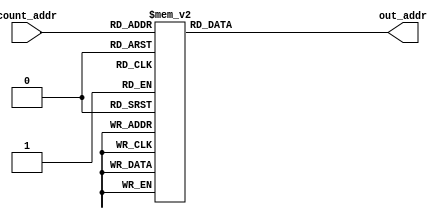
module sram_addr_90(
input [8:0] count_addr,
output reg [10:0] out_addr
);

always@* begin
	case(count_addr) // synopsys parallel_case
		  0: out_addr = 24; //0 OK
		  1: out_addr = 88;
		  2: out_addr = 23;
		  3: out_addr = 87;
		  4: out_addr = 22;
		  5: out_addr = 86;
		  6: out_addr = 21;
		  7: out_addr = 85;
		  8: out_addr = 20; //1 OK
		  9: out_addr = 84;
		 10: out_addr = 19;
		 11: out_addr = 83;
		 12: out_addr = 18;
		 13: out_addr = 82;
		 14: out_addr = 17;
		 15: out_addr = 81;
		 16: out_addr = 16; //2 OK
		 17: out_addr = 80;
		 18: out_addr = 15;
		 19: out_addr = 79;
		 20: out_addr = 14;
		 21: out_addr = 78;
		 22: out_addr = 13;
		 23: out_addr = 77;
		 24: out_addr = 12; //3 OK
		 25: out_addr = 76;
		 26: out_addr = 11;
		 27: out_addr = 75;
		 28: out_addr = 10;
		 29: out_addr = 74;
		 30: out_addr = 9;
		 31: out_addr = 73;
		 32: out_addr = 137; //4 OK
		 33: out_addr = 201;
		 34: out_addr = 138;
		 35: out_addr = 202;
		 36: out_addr = 139;
		 37: out_addr = 203;
		 38: out_addr = 140;
		 39: out_addr = 204;
		 40: out_addr = 141; //5 OK
		 41: out_addr = 205;
		 42: out_addr = 142;
		 43: out_addr = 206;
		 44: out_addr = 143;
		 45: out_addr = 207;
		 46: out_addr = 144;
		 47: out_addr = 208;
		 48: out_addr = 145; //6 OK
		 49: out_addr = 209;
		 50: out_addr = 146;
		 51: out_addr = 210;
		 52: out_addr = 147;
		 53: out_addr = 211;
		 54: out_addr = 148;
		 55: out_addr = 212;
		 56: out_addr = 149; //7 OK
		 57: out_addr = 213;
		 58: out_addr = 150;
		 59: out_addr = 214;
		 60: out_addr = 151;
		 61: out_addr = 215;
		 62: out_addr = 152;
		 63: out_addr = 216;
		 64: out_addr = 280; //8 OK
		 65: out_addr = 344;
		 66: out_addr = 279;
		 67: out_addr = 343;
		 68: out_addr = 278;
		 69: out_addr = 342;
		 70: out_addr = 277;
		 71: out_addr = 341;
		 72: out_addr = 271; //9 OK
		 73: out_addr = 335;
		 74: out_addr = 270;
		 75: out_addr = 334;
		 76: out_addr = 269;
		 77: out_addr = 333;
		 78: out_addr = 268;
		 79: out_addr = 332;
		 80: out_addr = 267; //10 OK
		 81: out_addr = 331;
		 82: out_addr = 266;
		 83: out_addr = 330;
		 84: out_addr = 265;
		 85: out_addr = 329;
		 86: out_addr = 393;
		 87: out_addr = 457;
		 88: out_addr = 394; //11 OK
		 89: out_addr = 458;
		 90: out_addr = 395;
		 91: out_addr = 459;
		 92: out_addr = 396;
		 93: out_addr = 460;
		 94: out_addr = 397;
		 95: out_addr = 461;
		 96: out_addr = 398; //12 OK
		 97: out_addr = 462;
		 98: out_addr = 399;
		 99: out_addr = 463;
		100: out_addr = 405;
		101: out_addr = 469;
		102: out_addr = 406;
		103: out_addr = 470;
		104: out_addr = 407; //13 OK
		105: out_addr = 471;
		106: out_addr = 408;
		107: out_addr = 472;
		108: out_addr = 536;	
		109: out_addr = 600;
		110: out_addr = 535;
		111: out_addr = 599;
		112: out_addr = 534; //14 
		113: out_addr = 598;
		114: out_addr = 533;
		115: out_addr = 597;
		116: out_addr = 596;
		117: out_addr = 595;
		118: out_addr = 594;
		119: out_addr = 593;
		120: out_addr = 592; //15 
		121: out_addr = 527;
		122: out_addr = 591;
		123: out_addr = 526;
		124: out_addr = 590;
		125: out_addr = 525;
		126: out_addr = 589;
		127: out_addr = 524;
		128: out_addr = 588; //16 
		129: out_addr = 523;
		130: out_addr = 587;
		131: out_addr = 522;
		132: out_addr = 586;
		133: out_addr = 521;
		134: out_addr = 585;
		135: out_addr = 520;
		136: out_addr = 584; //17 
		137: out_addr = 519;
		138: out_addr = 583;
		139: out_addr = 517;
		140: out_addr = 581;
		141: out_addr = 516;
		142: out_addr = 580;
		143: out_addr = 515;
		144: out_addr = 579; //18
		145: out_addr = 514;
		146: out_addr = 578;
		147: out_addr = 513;
		148: out_addr = 577;
		149: out_addr = 512;
		150: out_addr = 576;
		151: out_addr = 640;
		152: out_addr = 704; //19
		153: out_addr = 641;
		154: out_addr = 705;
		155: out_addr = 642;
		156: out_addr = 706;
		157: out_addr = 643;
		158: out_addr = 707;
		159: out_addr = 644;
		160: out_addr = 708; //20 
		161: out_addr = 645;
		162: out_addr = 709;
		163: out_addr = 647;
		164: out_addr = 711;
		165: out_addr = 648;
		166: out_addr = 712;
		167: out_addr = 649;
		168: out_addr = 713; //21
		169: out_addr = 650;
		170: out_addr = 714;
		171: out_addr = 651;
		172: out_addr = 715;
		173: out_addr = 652;
		174: out_addr = 716;
		175: out_addr = 653;
		176: out_addr = 717; //22 
		177: out_addr = 654;
		178: out_addr = 718;
		179: out_addr = 655;
		180: out_addr = 719;
		181: out_addr = 656;
		182: out_addr = 720;
		183: out_addr = 657;
		184: out_addr = 721; //23 
		185: out_addr = 658;
		186: out_addr = 722;
		187: out_addr = 659;
		188: out_addr = 723;
		189: out_addr = 660;
		190: out_addr = 724;
		191: out_addr = 661;
		192: out_addr = 725; //24 
		193: out_addr = 662;
		194: out_addr = 726;
		195: out_addr = 663;
		196: out_addr = 727;
		197: out_addr = 664;
		198: out_addr = 728;
		199: out_addr = 792;
		200: out_addr = 856; //25 
		201: out_addr = 791;
		202: out_addr = 855;
		203: out_addr = 790;
		204: out_addr = 854;
		205: out_addr = 789;
		206: out_addr = 853;
		207: out_addr = 788;
		208: out_addr = 852; //26 
		209: out_addr = 787;
		210: out_addr = 851;
		211: out_addr = 786;
		212: out_addr = 850;
		213: out_addr = 785;
		214: out_addr = 849;
		215: out_addr = 784;
		216: out_addr = 848; //27 
		217: out_addr = 783;
		218: out_addr = 847;
		219: out_addr = 782;
		220: out_addr = 846;
		221: out_addr = 781;
		222: out_addr = 845;
		223: out_addr = 780;
		224: out_addr = 844; //28 
		225: out_addr = 779;
		226: out_addr = 843;
		227: out_addr = 778;
		228: out_addr = 842;
		229: out_addr = 777;
		230: out_addr = 841;
		231: out_addr = 776;
		232: out_addr = 840; //29 
		233: out_addr = 775;
		234: out_addr = 839;
		235: out_addr = 773;
		236: out_addr = 837;
		237: out_addr = 772;
		238: out_addr = 836;
		239: out_addr = 771;
		240: out_addr = 835; //30
		241: out_addr = 770;
		242: out_addr = 834;
		243: out_addr = 769;
		244: out_addr = 833;
		245: out_addr = 768;
		246: out_addr = 832;
		247: out_addr = 896; 
		248: out_addr = 960; //31
		249: out_addr = 897;
		250: out_addr = 961;
		251: out_addr = 898;
		252: out_addr = 962;
		253: out_addr = 899;
		254: out_addr = 963;
		255: out_addr = 900;
		256: out_addr = 964; //32 
		257: out_addr = 901;
		258: out_addr = 965;
		259: out_addr = 903;
		260: out_addr = 967;
		261: out_addr = 904;
		262: out_addr = 968;
		263: out_addr = 905;
		264: out_addr = 969; //33 
		265: out_addr = 906; 
		266: out_addr = 970;
		267: out_addr = 907;
		268: out_addr = 971;
		269: out_addr = 908;
		270: out_addr = 972;
		271: out_addr = 909;
		272: out_addr = 973; //34 
		273: out_addr = 910;
		274: out_addr = 974;
		275: out_addr = 911;
		276: out_addr = 975;
		277: out_addr = 912;
		278: out_addr = 976;
		279: out_addr = 913;
		280: out_addr = 977; //35 
		281: out_addr = 914;
		282: out_addr = 978;
		283: out_addr = 915;
		284: out_addr = 979;
		285: out_addr = 916;
		286: out_addr = 980;
		287: out_addr = 917;
		288: out_addr = 981; //36 
		289: out_addr = 918;
		290: out_addr = 982;
		291: out_addr = 919;
		292: out_addr = 983;
		293: out_addr = 920;
		294: out_addr = 984;
		295: out_addr = 1040; 
		296: out_addr = 1104; //37 
		297: out_addr = 1039;
		298: out_addr = 1103;
		299: out_addr = 1038;
		300: out_addr = 1102;
		301: out_addr = 1037;
		302: out_addr = 1101;
		303: out_addr = 1036;
		304: out_addr = 1100; //38 
		305: out_addr = 1035;
		306: out_addr = 1099;
		307: out_addr = 1034;
		308: out_addr = 1098;	
		309: out_addr = 1033;
		310: out_addr = 1097;
		311: out_addr = 1225;
		312: out_addr = 1289; //39 
		313: out_addr = 1226;
		314: out_addr = 1290;
		315: out_addr = 1227;
		316: out_addr = 1291;
		317: out_addr = 1228;
		318: out_addr = 1292;
		319: out_addr = 1229;
		320: out_addr = 1293; //40 
		321: out_addr = 1230;
		322: out_addr = 1294;
		323: out_addr = 1231;
		324: out_addr = 1295;
		325: out_addr = 1232;
		326: out_addr = 1296;
		327: out_addr = 1360;
		328: out_addr = 1424; //41 
		329: out_addr = 1359;
		330: out_addr = 1423; 
		331: out_addr = 1358;
		332: out_addr = 1422;
		333: out_addr = 1357;
		334: out_addr = 1421;
		335: out_addr = 1356;
		336: out_addr = 1420; //42 
		337: out_addr = 1355;
		338: out_addr = 1419;
		339: out_addr = 1354;
		340: out_addr = 1418;
		341: out_addr = 1353;
		342: out_addr = 1417;
		343: out_addr = 1481;
		344: out_addr = 1545; //43 
		345: out_addr = 1482;
		346: out_addr = 1546;
		347: out_addr = 1483;
		348: out_addr = 1547;
		349: out_addr = 1484;
		350: out_addr = 1548;
		351: out_addr = 1485;
		default: out_addr = 0;
	endcase
end
endmodule